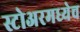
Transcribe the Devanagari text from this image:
स्टोअरमध्येच